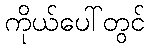
ကိုယ်ပေါ်တွင်